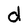
Character: d